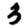
Digit: 3